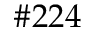
\# 2 2 4